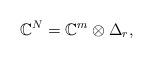
LaTeX: \begin{gather*}\mathbb{C}^N=\mathbb{C}^{m}\otimes \Delta_r,\end{gather*}